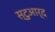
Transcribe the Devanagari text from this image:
स्टुआर्द